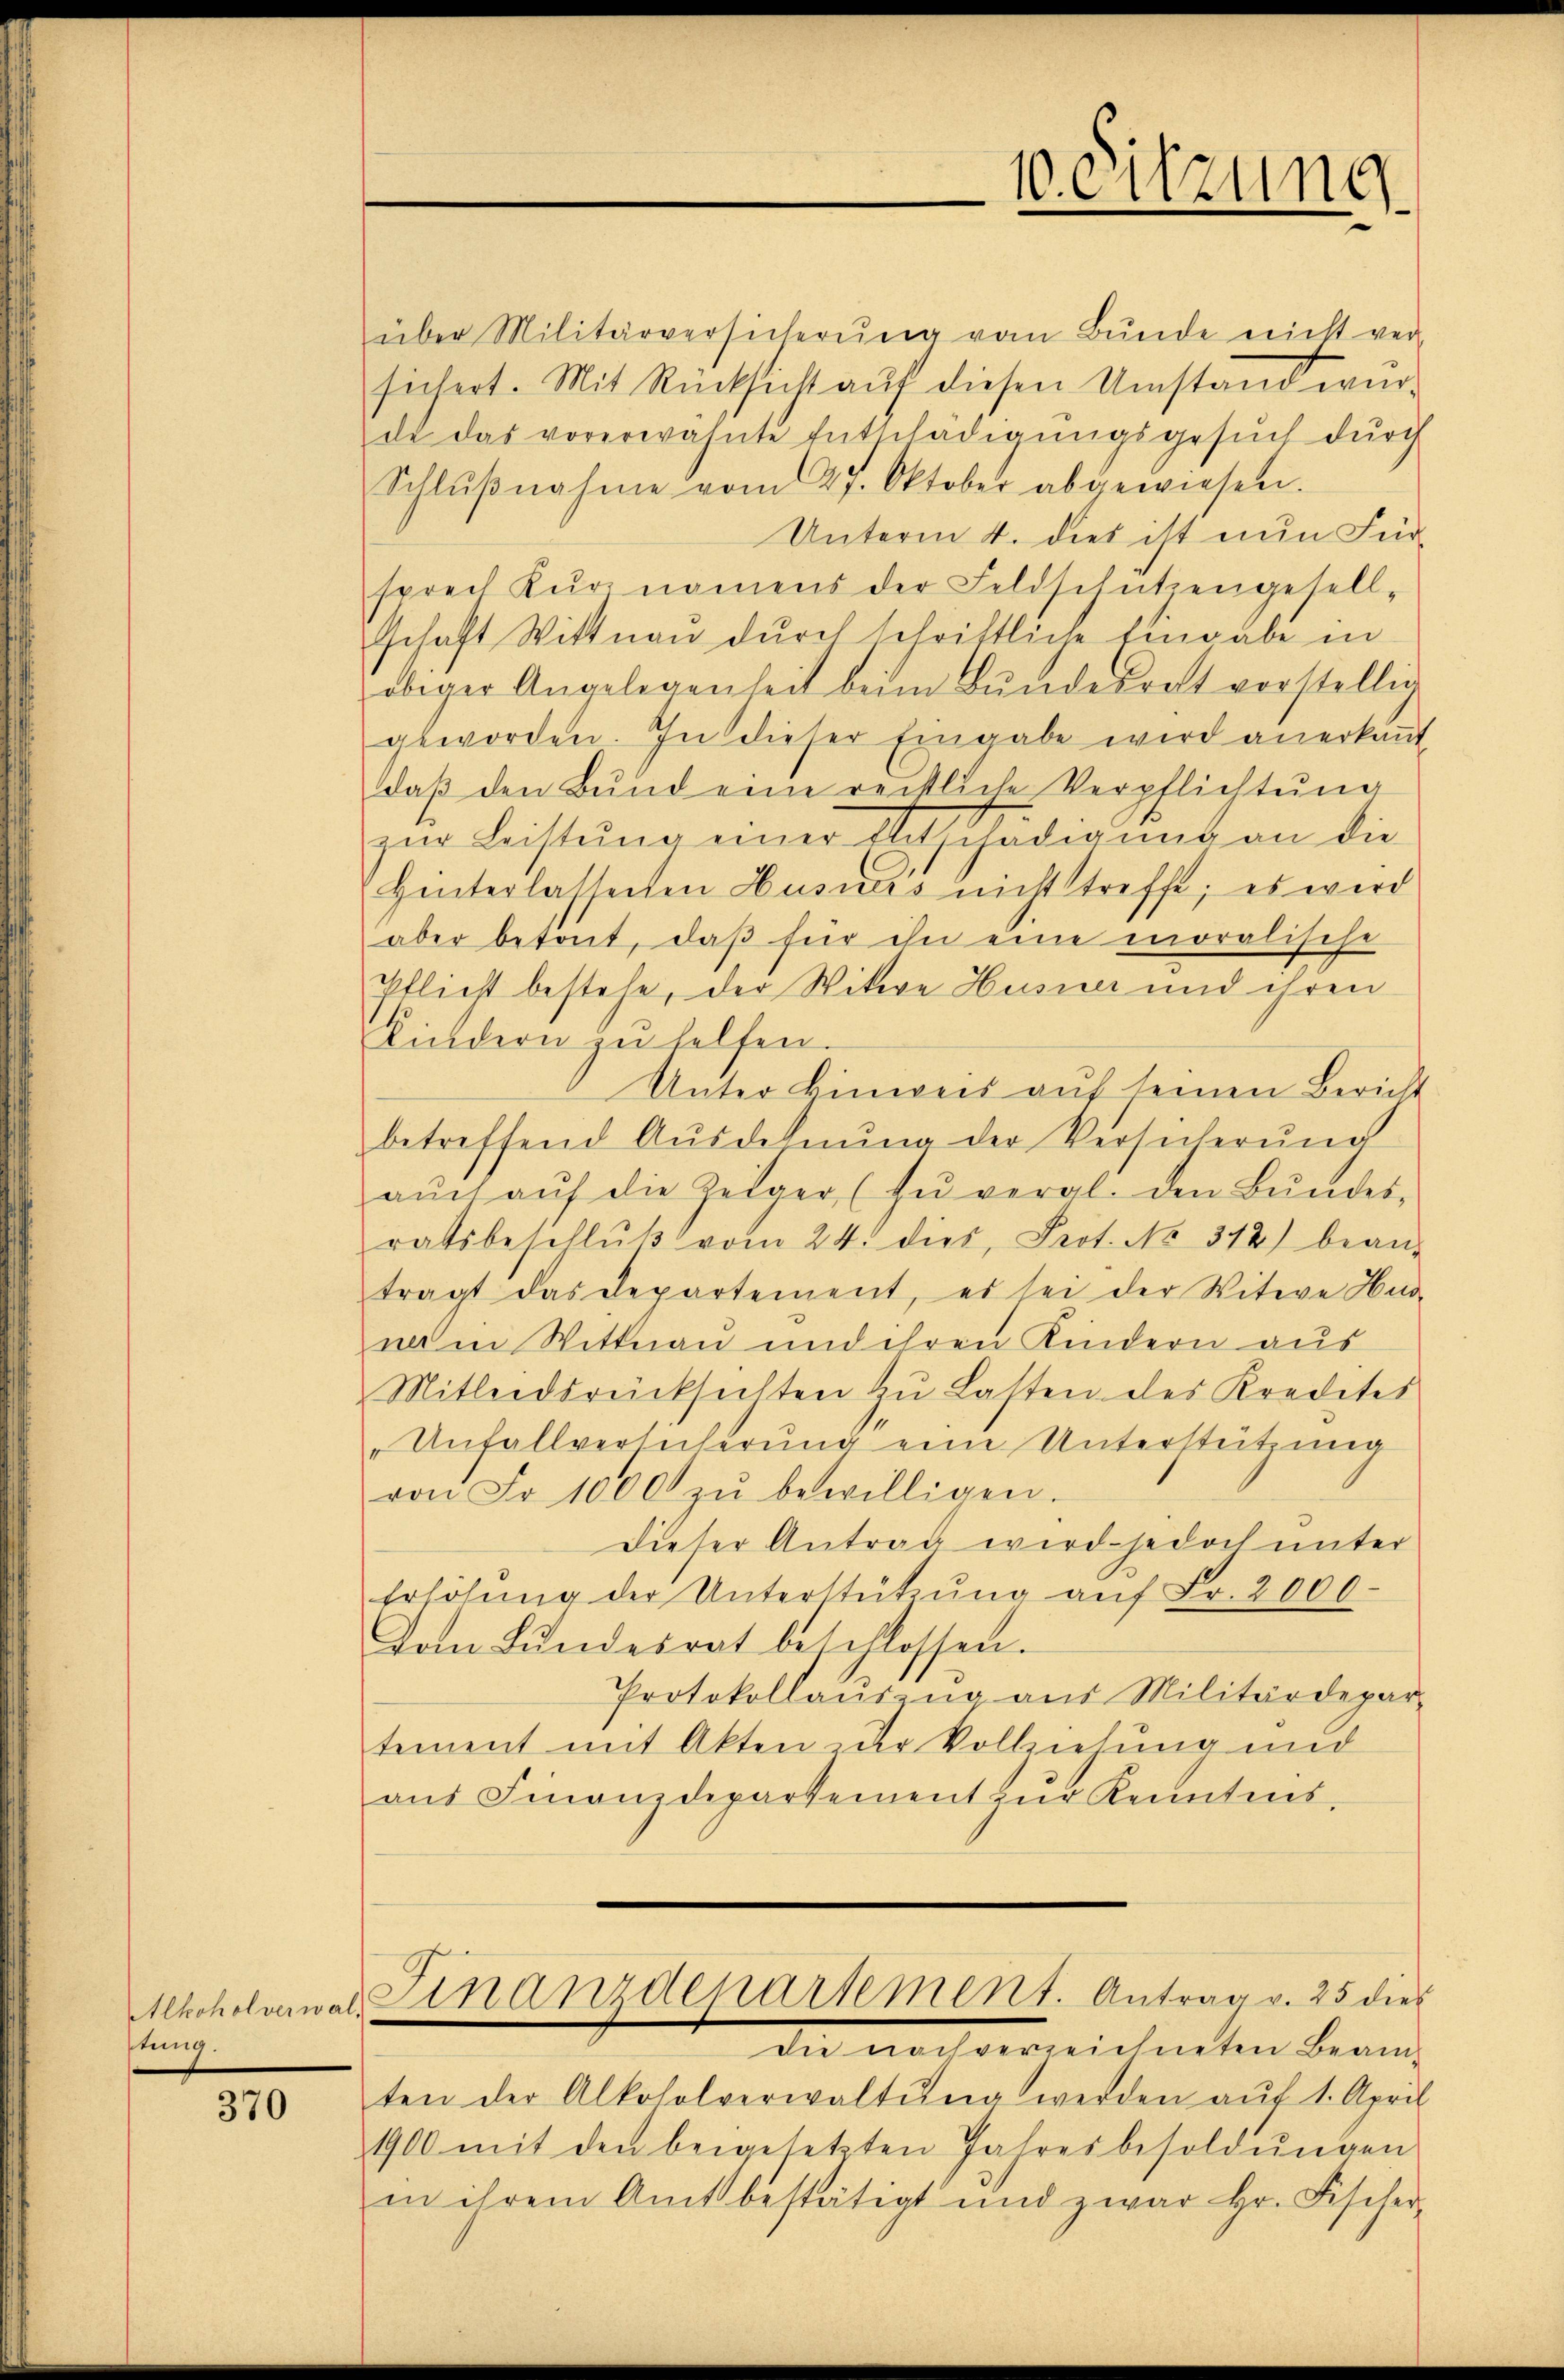
Alkoholverwal
stung.

370

über Militärversicherŭng vom Bŭnde nicht ver-
sichert. Mit Rücksicht auf diesen Umstand wurde das vorerwähnte Entschädigŭngsgesŭch dŭrch
Schlŭβnahme vom 27. Oktober abgewiesen.
Unterm 4. dies ist nun Fürsprech Kŭr namens der Feldschützengesell-
schaft Wittwen durch schriftliche Eingabe in
obiger Angelegenheit beim Bŭndesrat vorstellig
geworden. In dieser Eingabe wird anerkaṅt
daß den Bund eine reistliche Verpflichtŭng
zur Leistung einer Entschädigung an die
Hinterlassenen Husners nicht treffe; es wird
aber betont, daβ für ihn eine moralische
Pflicht bestehe, der Witwe Husner und ihren
Kindern zu helfen.
Unter Einweis aŭf seinen Bericht
betreffend Ausdehnŭng der Versicherŭng
aŭch aŭf die Zeiger (zŭ veral den Bŭndes-
ratsbeschlŭβ vom 24. dies, Prot. No. 342) bean-
tragt das Departement, es sei der Witwe Hus-
na in Wittnau und ihren Kindern aus
Mitleidsrücksichten zŭ Lasten des Kredites
Unfallversicherung eine Unterstützung
von Fr. 1000 zŭ bewilligen.
dieser Antrag wird jedoch unter
Erhöhŭng der Unterstützŭng aŭf Fr. 2000.
Dem Bundesrat beschlossen.
Protokollaŭszŭg aŭs Militärdepar-
tement mit Akten der Vollziehung und
aŭs Finanzdepartement zŭr Kenntens,
Finanderartement. Antrag v. 25 dies
die noch verreichneten Beam-
ten der Alkoholverwaltŭng werden auf 1. April
1900 mit den beigesetzten Jahresbesoldŭngen
in ihrem Amt bestätigt und zwar Hr. Fischer-

10. eitzung